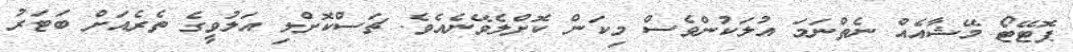
ޕޮޓޭޓޯ މޭޝާއެއް ނެތްނަމަ އުލަކުންވެސް މިކަން ކޮށްލެވޭނެއެވެ. ޗަސްކޮށްލި އަލުވީގެ ތެރެއަށް ބަޓަރު